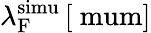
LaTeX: \lambda_{\mathrm{F}}^{\mathrm{simu}}\, [\mathrm{\ mum}]